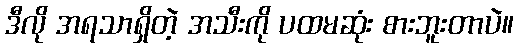
ဒီလို အရသာရှိတဲ့ အသီးကို ပထမဆုံး စားဘူးတာပဲ။